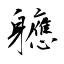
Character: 軈